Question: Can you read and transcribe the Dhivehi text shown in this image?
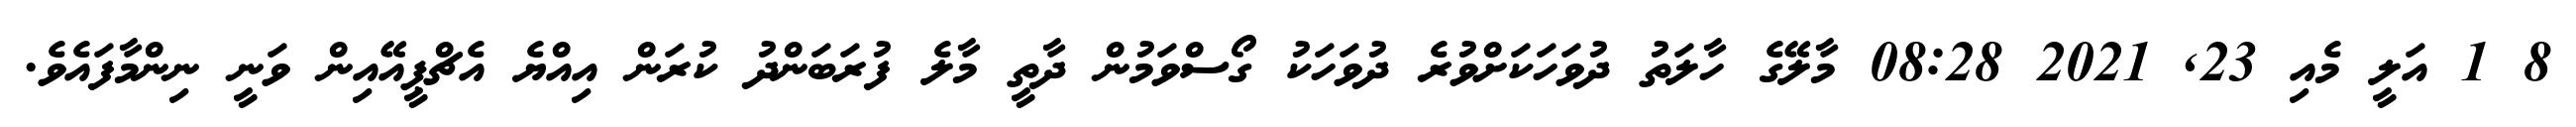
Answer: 8 1 އަލީ މެއި 23, 2021 08:28 މާލޭގެ ހާލަތު ދުވަހަކަށްވުރެ ދުވަހަކު ގޯސްވަމުން ދާތީ މާލެ ފުރަބަންދު ކުރަން އިއްޔެ އެޗްޕީއޭއިން ވަނީ ނިންމާފައެވެ.